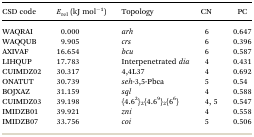
<table><thead><tr><td><b>CSD code</b></td><td><b><i>E</i><sub>rel</sub> (kJ mol<sup>–1</sup>)</b></td><td><b>Topology</b></td><td><b>CN</b></td><td><b>PC</b></td></tr></thead><tbody><tr><td>WAQRAI</td><td>0.000</td><td><i>arh</i></td><td>6</td><td>0.647</td></tr><tr><td>WAQQUB</td><td>9.905</td><td><i>crs</i></td><td>6</td><td>0.396</td></tr><tr><td>AXIVAF</td><td>16.654</td><td><i>bcu</i></td><td>6</td><td>0.587</td></tr><tr><td>LIHQUP</td><td>17.783</td><td>Interpenetrated <i>dia</i></td><td>4</td><td>0.431</td></tr><tr><td>CUIMDZ02</td><td>30.317</td><td>4,4L37</td><td>4</td><td>0.692</td></tr><tr><td>ONATUT</td><td>30.739</td><td><i>seh</i>-3,5-Pbca</td><td>5</td><td>0.54</td></tr><tr><td>BOJXAZ</td><td>31.159</td><td><i>sql</i></td><td>4</td><td>0.588</td></tr><tr><td>CUIMDZ03</td><td>39.198</td><td>{4.6<sup>2</sup>}<sub>2</sub>{4.6<sup>9</sup>}<sub>2</sub>{6<sup>6</sup>}</td><td>4, 5</td><td>0.547</td></tr><tr><td>IMIDZB01</td><td>39.921</td><td><i>zni</i></td><td>4</td><td>0.558</td></tr><tr><td>IMIDZB07</td><td>33.756</td><td><i>coi</i></td><td>5</td><td>0.506</td></tr></tbody></table>